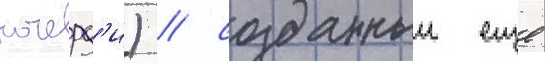
ночерд'и) / созданныи еще